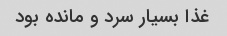
غذا بسیار سرد و مانده بود